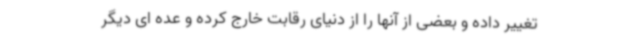
تغییر داده و بعضی از آنها را از دنیای رقابت خارج کرده و عده ای دیگر